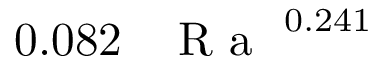
0 . 0 8 2 \, \mathrm { ~ \textit ~ { ~ R ~ a ~ } ~ } ^ { 0 . 2 4 1 }